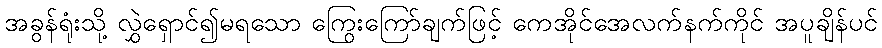
အခွန်ရုံးသို့ လွှဲရှောင်၍မရသော ကြွေးကြော်ချက်ဖြင့် ကေအိုင်အေလက်နက်ကိုင် အပူချိန်ပင်